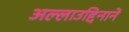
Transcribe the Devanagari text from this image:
अल्लाउद्दिनाने